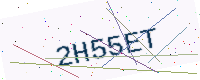
Text: 2H55ET